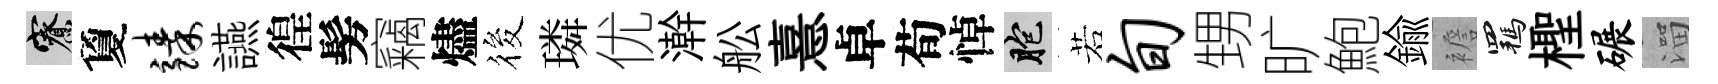
寮夐臻讌徨髣竊燼筱璘优澣舩憙卓荀悼胞若旬甥旷鮑鍮襜羈檉碾溜